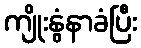
ကျိုးနွံနာခံပြီး